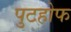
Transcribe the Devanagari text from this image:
पुटहोफ